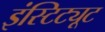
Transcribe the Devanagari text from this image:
इंस्टिट्यूट